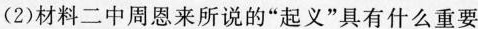
(2)材料二中周恩来所说的“起义”具有什么重要